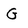
Character: G